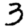
Digit: 3